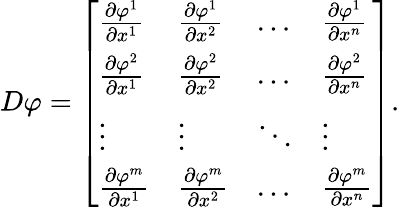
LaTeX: D\varphi={\left[\begin{array}{llll}{{\frac{\partial\varphi^{1}}{\partial x^{1}}}}&{{\frac{\partial\varphi^{1}}{\partial x^{2}}}}&{\dots}&{{\frac{\partial\varphi^{1}}{\partial x^{n}}}}\\ {{\frac{\partial\varphi^{2}}{\partial x^{1}}}}&{{\frac{\partial\varphi^{2}}{\partial x^{2}}}}&{\dots}&{{\frac{\partial\varphi^{2}}{\partial x^{n}}}}\\ {\vdots}&{\vdots}&{\ddots}&{\vdots}\\ {{\frac{\partial\varphi^{m}}{\partial x^{1}}}}&{{\frac{\partial\varphi^{m}}{\partial x^{2}}}}&{\dots}&{{\frac{\partial\varphi^{m}}{\partial x^{n}}}}\end{array}\right]}.